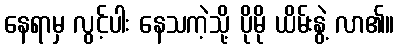
နေရာမှ လွင့်ပါး နေသကဲ့သို့ ပိုမို ယိမ်းနွဲ့ လာ၏။